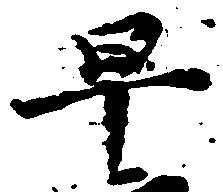
早